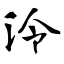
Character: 泠